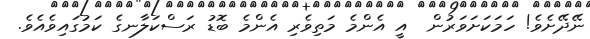
ނޭދޭށެވެ! ހަމަކަށަވަރުން  އީ އެންމެ މަތިވެރި އެންމެ ބޮޑު ރަސްކަލާނގެ ކަމުގައިވެއެވެ.